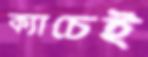
ক্যাচেই